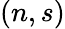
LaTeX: (n,s)